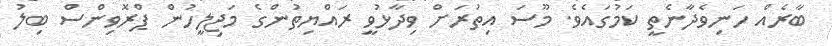
ބާރެއް ހަނިވެދާނެތީ ކަމުގައެވެ. މޫސަ އިތުރަށް ވިދާޅުވީ ރައްޔިތުންގެ މަޖިލީހުން ޕްރޮވިންސް ބިލު